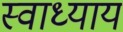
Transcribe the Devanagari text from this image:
स्‍वाध्‍याय